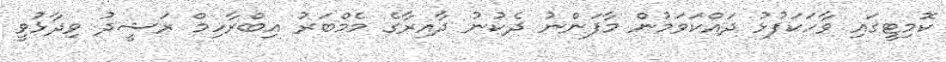
ކޮމިޓީގައި ވާހަކަފުޅު ދައްކަވަމުން މާފަންނު ދެކުނު ދާއިރާގެ މެމްބަރު އިބްރާހިމް ރަޝީދު ވިދާޅުވީ